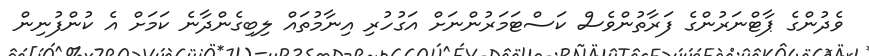
ވެދުންގެ ޕާޓްނަރުންގެ ފަރާތުންވެސް ކަސްޓަމަރުންނަށް އަގުހުރި އިނާމުތައް ލިބިގެންދާނެ ކަމަށް އެ ކުންފުނިން